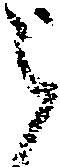
被